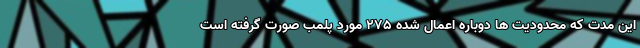
این مدت که محدودیت ها دوباره اعمال شده ۲۷۵ مورد پلمب صورت گرفته است